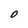
Character: O